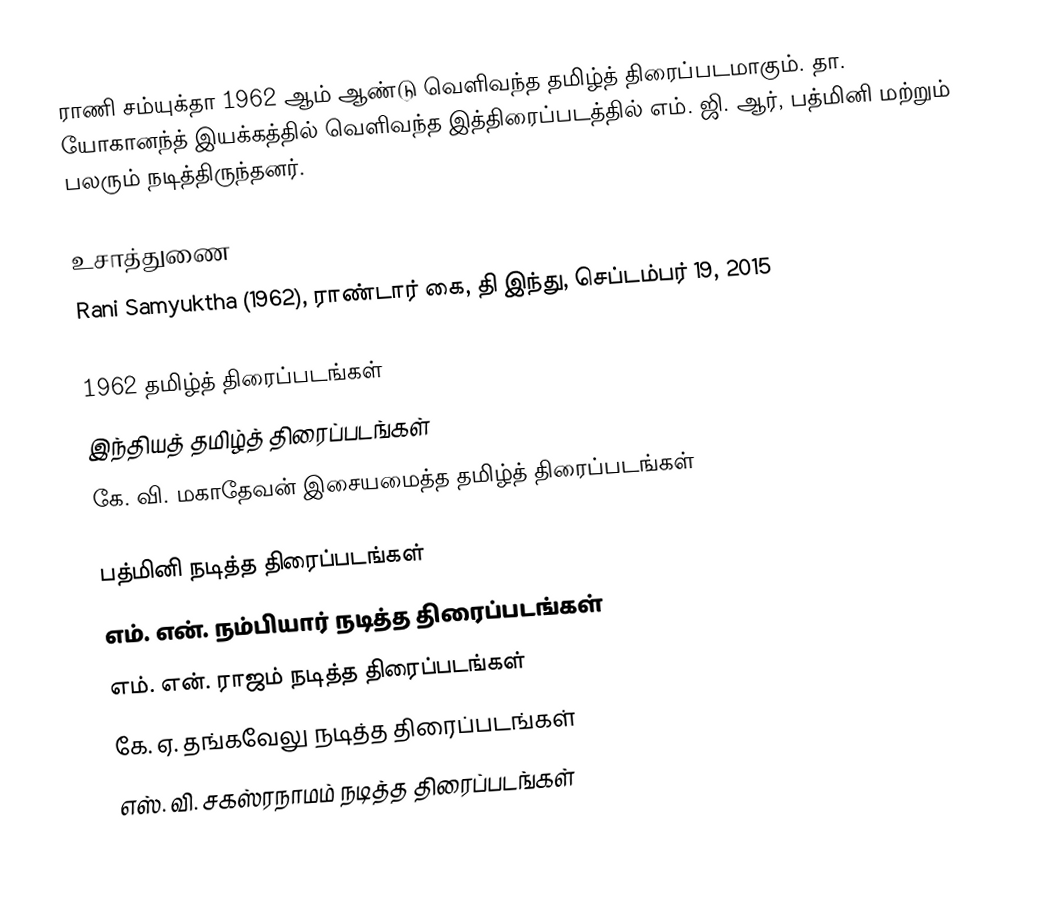
ராணி சம்யுக்தா 1962 ஆம் ஆண்டு வெளிவந்த தமிழ்த் திரைப்படமாகும். தா. யோகானந்த் இயக்கத்தில் வெளிவந்த இத்திரைப்படத்தில் எம். ஜி. ஆர், பத்மினி மற்றும் பலரும் நடித்திருந்தனர்.

உசாத்துணை
Rani Samyuktha (1962), ராண்டார் கை, தி இந்து, செப்டம்பர் 19, 2015

1962 தமிழ்த் திரைப்படங்கள்
இந்தியத் தமிழ்த் திரைப்படங்கள்
கே. வி. மகாதேவன் இசையமைத்த தமிழ்த் திரைப்படங்கள்

பத்மினி நடித்த திரைப்படங்கள்
எம். என். நம்பியார் நடித்த திரைப்படங்கள்
எம். என். ராஜம் நடித்த திரைப்படங்கள்
கே. ஏ. தங்கவேலு நடித்த திரைப்படங்கள்
எஸ். வி. சகஸ்ரநாமம் நடித்த திரைப்படங்கள்